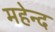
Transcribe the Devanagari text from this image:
महेन्द